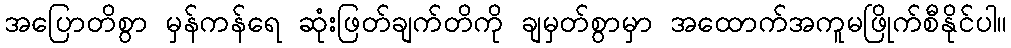
အပြောတိစွာ မှန်ကန်ရေ ဆုံးဖြတ်ချက်တိကို ချမှတ်စွာမှာ အထောက်အကူမဖြိုက်စီနိုင်ပါ။